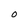
Character: O